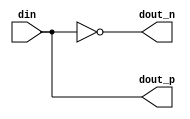
// SPDX-License-Identifier: Apache-2.0
// Copyright (C) 2019 Intel Corporation. 
//------------------------------------------------------------------------
// Copyright (c) 2012 Altera Corporation. .
//
//------------------------------------------------------------------------
// Revision:    $Revision: 1 $
//------------------------------------------------------------------------
// Description: gated 8 clock phases for powerdown and regulator power domain crossing
//
//------------------------------------------------------------------------

module aibcr3_split_align (
input          din,           		// input
output         dout_p,           	// splitted output positive
output         dout_n           	// splitted output negative
);

`ifdef TIMESCALE_EN
                timeunit 1ps;
                timeprecision 1ps;
`endif

parameter  INV_DELAY      = 15;  // 15ps

assign #(2 * INV_DELAY) dout_p = din;
assign #(2 * INV_DELAY) dout_n = ~din;

endmodule